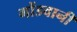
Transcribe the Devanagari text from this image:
गोंडवानी